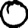
Digit: 0